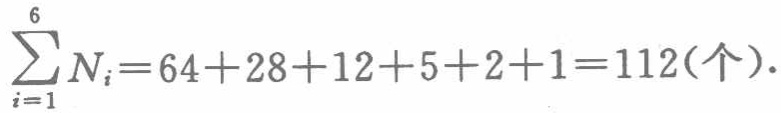
\(\sum_{i = 1}^{6} N_{i}=64 + 28+12 + 5+2 + 1=112(\text{个})\)